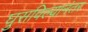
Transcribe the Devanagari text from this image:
घुसविल्यानंतर